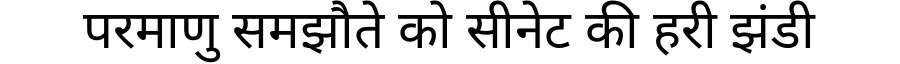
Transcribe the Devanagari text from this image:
परमाणु समझौते को सीनेट की हरी झंडी